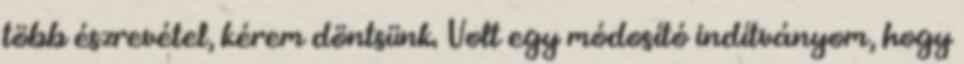
több észrevétel, kérem döntsünk. Volt egy módosító indítványom, hogy